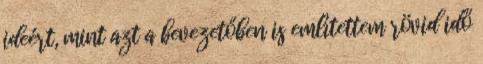
ideért, mint azt a bevezetőben is említettem rövid idő